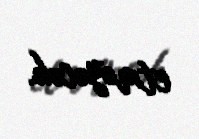
etməyəcək.